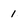
Character: 1